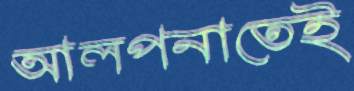
আলপনাতেই